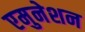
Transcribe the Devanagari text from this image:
एमुनेशन